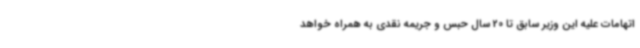
اتهامات علیه این وزیر سابق تا 20 سال حبس و جریمه نقدی به همراه خواهد